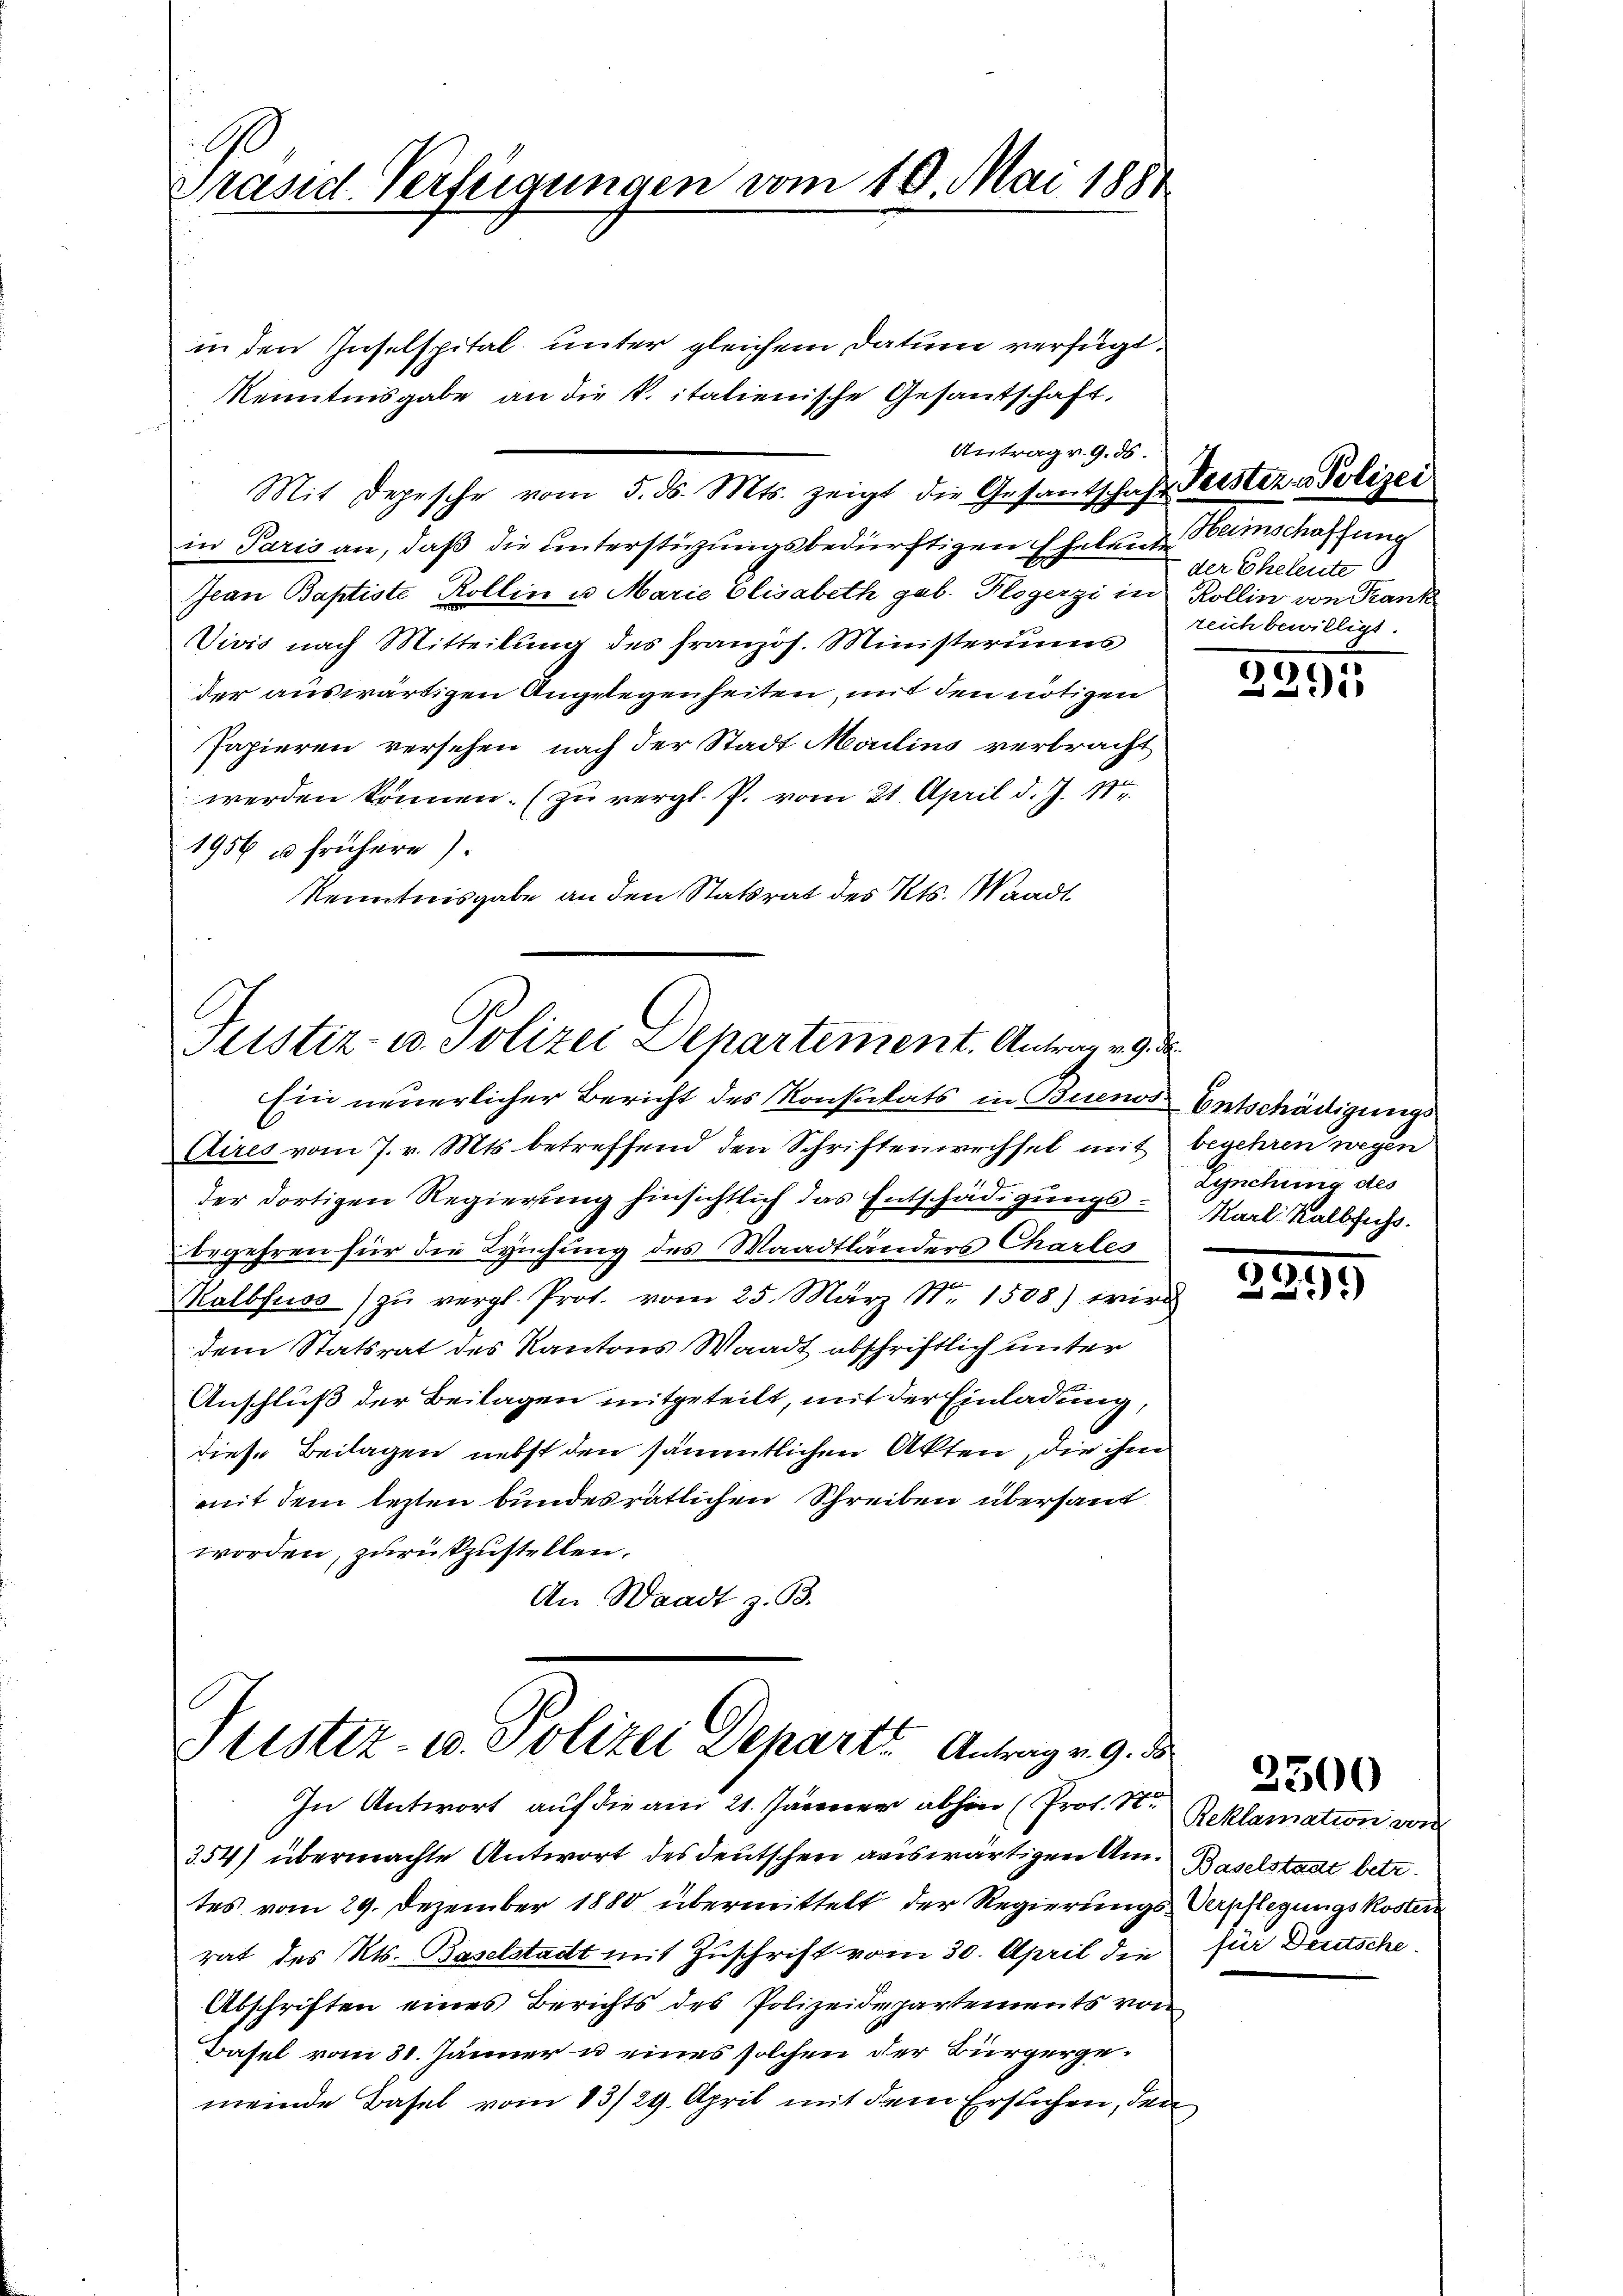
A
Präsid. Verfügungen vom 10. Mai 1881

in den Inselspital unter gleichem Datum verfügt.
Kenntnisgabe an die k. italienische Gesantschaft,
Mit Depesche vom 5. ds. Mts. zeigt die Gesandtschaft Geister - Polizei
in Paris an, daß die unterstüzungsbedürftigen Eheleute Heimschaffung
Jean Baptiste Rollin u. Marie Elisabeth geb. Klogerzi in Kollin von Rank
Vivis nach Mitteilung des französ. Ministeriums
der auswärtigen Angelegenheiten, mit den nötigen
Papieren versehen nach der Stadt Mailins verbracht
werden können. (zu vergl. P. vom 21. April d. J. 11te
1956 u frühere)
Kenntnisgabe an den Statsrat des Kts. Waadt

Antrag. 9. ds.

Justiz- u. Polizei Departement. Antrag 29.
Ein neuerlicher Bericht des Konsulats in Buenos-Entschädigungs

Aires vom 7. v. Mts. betreffend den Schriftenwechsel mit
der dortigen Regierung hinsichtlich das Entschädigungs-Karl Kalbfuhr.
begehren für die Leichung des Waadtländers Charles
Malbfuss) zŭ vergl. Prot. vom 25. März Nr. 1508) wird
dem Statsrat des Kantons Waadt abschriftlich unter
Anschluß der Beilagen mitgeteilt, mit der Einladung,
diese Beilagen nebst den sämmtlichen Akten, die ihm
mit dem lezten bundesrätlichen Schreiben übersaut
worden, zurückzustellen.
An Waadt z. B.

Justiz- u. Polizei Departe Antrag v. 9. d.

354) übermachte Antwort des deutschen auswärtigen Am-Baselstadt betr.
tes vom 29. Dezember 1880 übermittelt der Regierungs-Verpflegungskoster
rat des Kts. Baselstadt mit Zuschrift vom 30. April die für Deutsche
Abschriften eines Berichts des Polizeidepartements von
Basel vom 31. Jänner u eines solchen der Bürgergemeinde Basel vom 13/29. April mit dem Erstehen, den

In Antwort auf die am 21. Jänner abhin (Prof. St. Beklamation von

der Eheleute
reich bewilligt.

2295

begehren wegen
Lynchung des

50
2)

2300